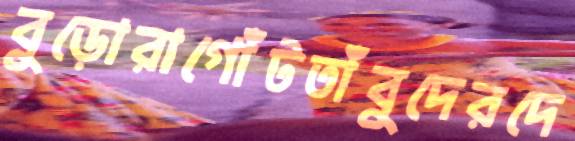
বুড়োরাগোঁটতাঁবুদেরদে